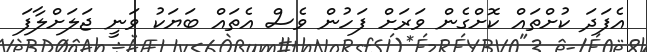
އެފަދަ ކުށްތައް ކޮށްގެން ވަރަށް ފަހުން ވެސް އެތައް ބަޔަކު ވަނީ ޖަލަށްލާފަ